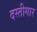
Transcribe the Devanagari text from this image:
दस्तीगार